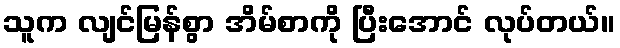
သူက လျင်မြန်စွာ အိမ်စာကို ပြီးအောင် လုပ်တယ်။